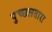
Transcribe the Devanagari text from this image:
पुच्छलतारा